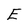
Character: E